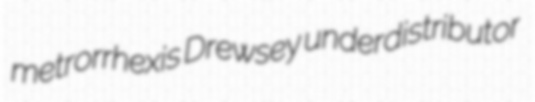
metrorrhexis Drewsey underdistributor